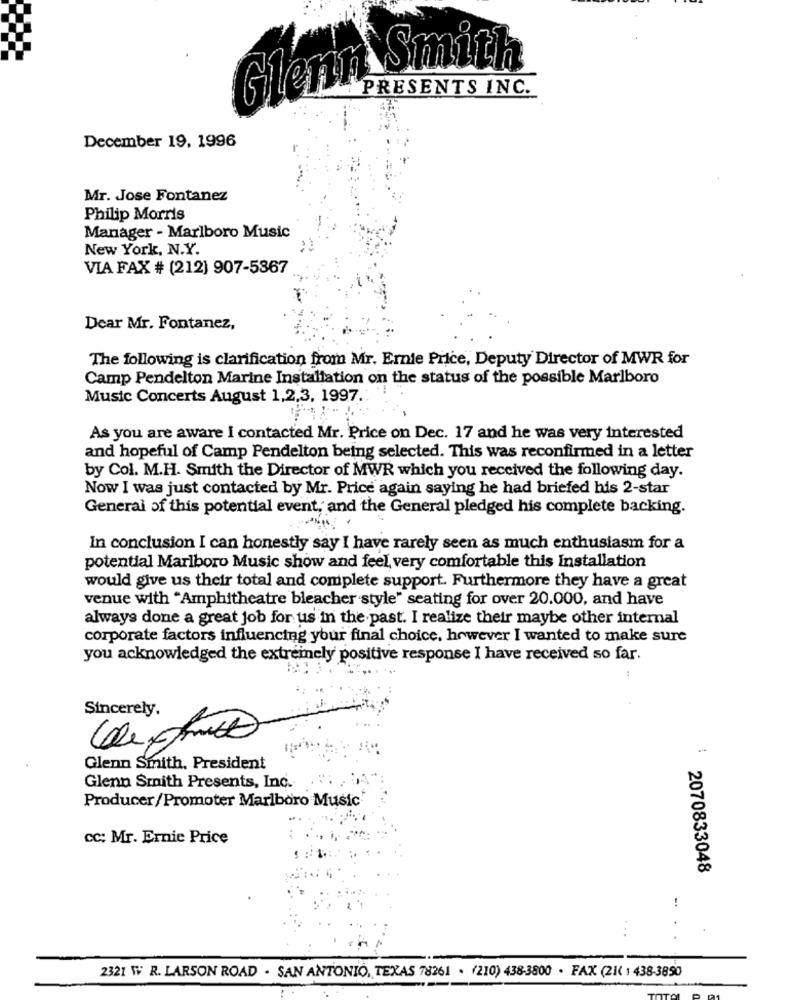
Glenn Smith
PRESENTS INC.
December 19, 1996
Mr. Jose Fontanez
Philip Morris
Manager - Marlboro Music
New York, N.Y.
VIA FAX # (212) 907-5867
Dear Mr. Fontanez,
The following is clarification from Mr. Ernie Price, Deputy Director of MWR for
Camp Pendelton Marine Installation on the status of the possible Marlboro
Music Concerts August 1,2,3, 1997.
As you are aware I contacted Mr. Price on Dec. 17 and he was very interested
and hopeful of Camp Pendelton being selected. This was reconfirmed in a letter
by Col. M.H. Smith the Director of MWR which you received the following day.
Now I was just contacted by Mr. Price again saying he had briefed his 2-star
General of this potential event, and the General pledged his complete backing.
In conclusion I can honestly say I have rarely seen as much enthusiasm for a
potential Marlboro Music show and feel very comfortable this Installation
would give us their total and complete support. Furthermore they have a great
venue with "Amphitheatre bleacher style" seating for over 20.000, and have
always done a great job for us in the past. I realize their maybe other internal
corporate factors influencing your final choice, however I wanted to make sure
you acknowledged the extremely positive response I have received so far.
Sincerely.
Glenn Smith, President
Glenn Smith Presents, Inc.
Producer/Promoter Marlboro Music
cc: Mr. Ernie Price
2070833048
!
..
2321 W R. LARSON ROAD . SAN ANTONIO, TEXAS 78261 . (210) 438-3800 . FAX (214 1 438-3890